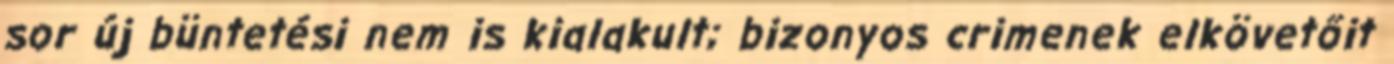
sor új büntetési nem is kialakult; bizonyos crimenek elkövetőit